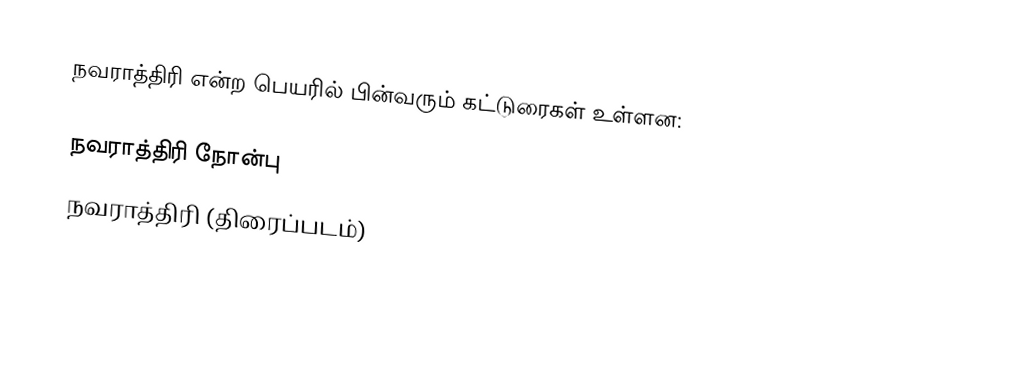
நவராத்திரி என்ற பெயரில் பின்வரும் கட்டுரைகள் உள்ளன:

நவராத்திரி நோன்பு
நவராத்திரி (திரைப்படம்)